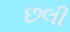
છલી